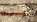
كبيرين